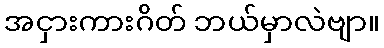
အငှားကားဂိတ် ဘယ်မှာလဲဗျာ။